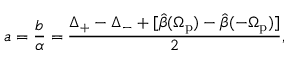
a = \frac { b } { \alpha } = \frac { \Delta _ { + } - \Delta _ { - } + [ \hat { \beta } ( \Omega _ { \mathrm { p } } ) - \hat { \beta } ( - \Omega _ { \mathrm { p } } ) ] } { 2 } ,